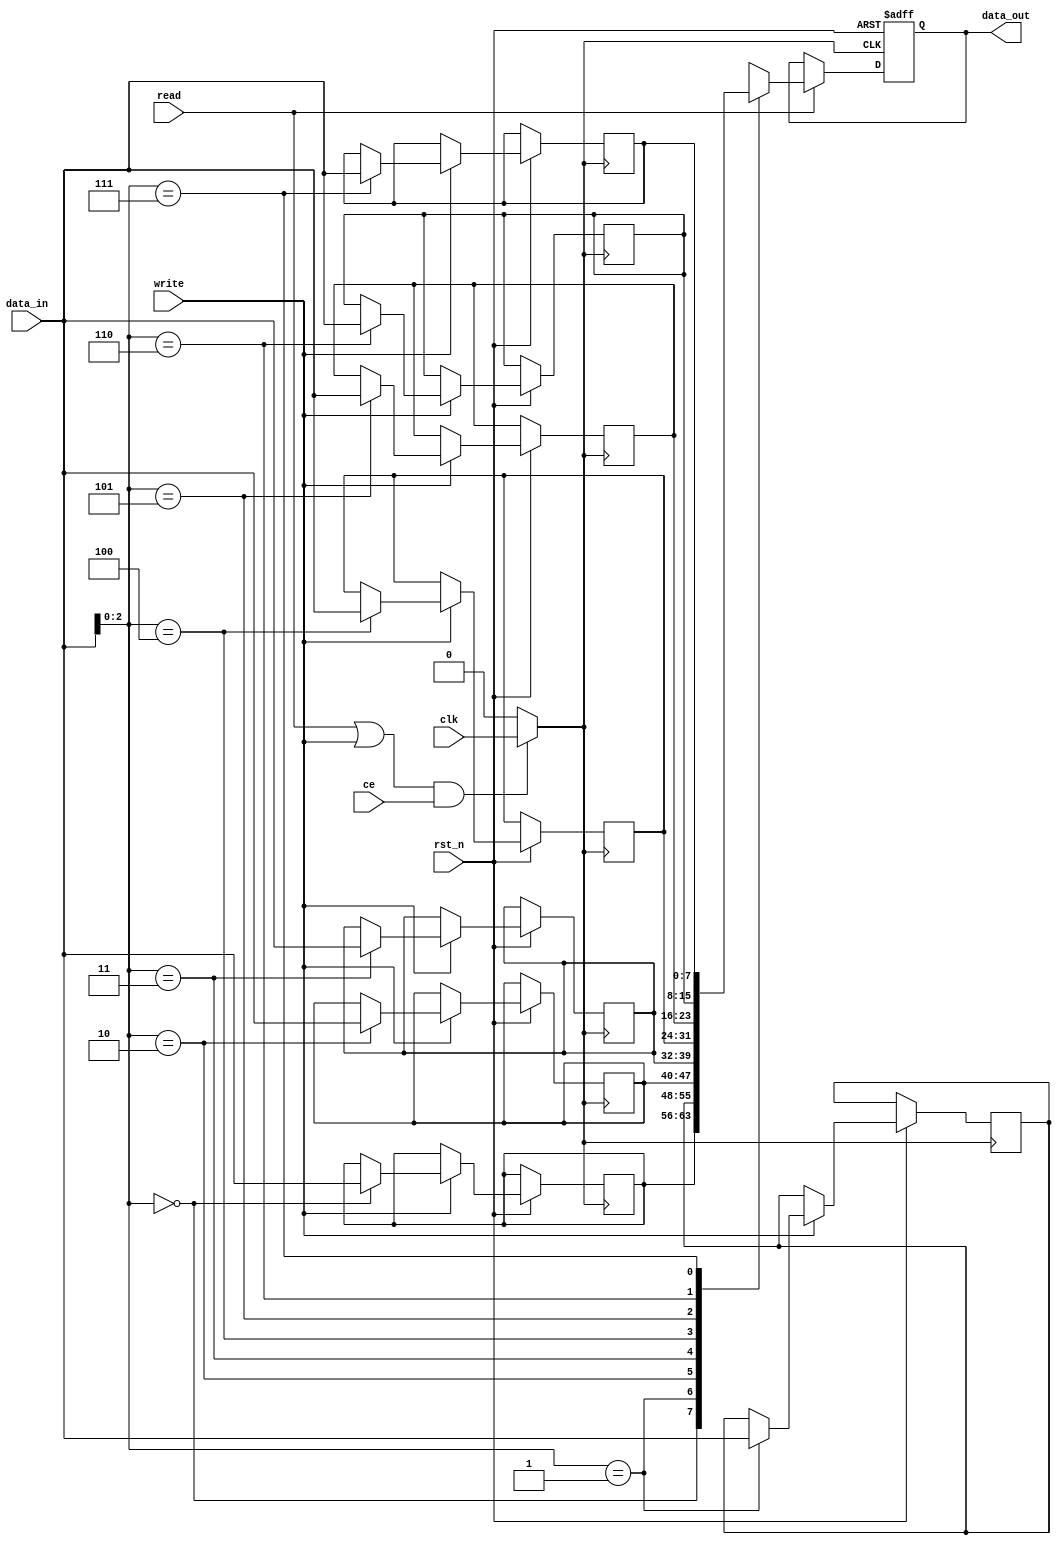
module memory_block (
    input wire clk,                // Main clock input
    input wire ce,                 // Clock enable input (active high)
    input wire rst_n,              // Active low reset
    input wire [7:0] data_in,      // Data input
    output reg [7:0] data_out,     // Data output
    input wire read,               // Read control signal
    input wire write               // Write control signal
);

    // Memory storage (for example, an 8x8 memory block)
    reg [7:0] memory [0:7];
    
    // Clock Gating Logic
    wire gated_clk;
    wire enable;

    // Generate enable signal based on read/write control signals
    assign enable = (read | write) & ce;

    // Clock Gating Cell
    assign gated_clk = enable ? clk : 1'b0; // Gated clock follows clk when enabled, otherwise 0

    // Memory operation based on gated clock
    always @(posedge gated_clk or negedge rst_n) begin
        if (!rst_n) begin
            // Reset logic (optional, depending on design requirements)
            data_out <= 8'b0;
        end else begin
            if (write) begin
                // Write operation
                memory[data_in[2:0]] <= data_in; // Assume lower 3 bits of data_in specify the address
            end
            if (read) begin
                // Read operation
                data_out <= memory[data_in[2:0]]; // Read from the address specified in data_in
            end
        end
    end

endmodule